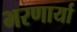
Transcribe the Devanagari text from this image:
भरणार्या